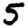
Digit: 5